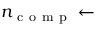
n _ { \mathrm { ~ c ~ o ~ m ~ p ~ } } \leftarrow